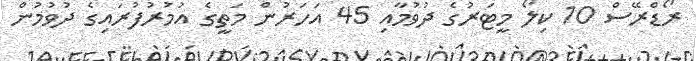
ރޯޑްރޭސް 10 ކިލޯ މީޓަރުގެ ދުވުމާއި 45 އަހަރުން މަތީގެ އުމުރުފުރައިގެ ދުވުމުން